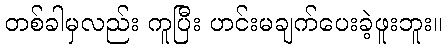
တစ်ခါမှလည်း ကူပြီး ဟင်းမချက်ပေးခဲ့ဖူးဘူး။